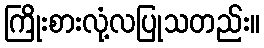
ကြိုးစားလုံ့လပြုသတည်း။